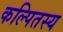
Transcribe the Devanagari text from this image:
कल्पितस्य